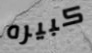
كبيره